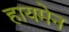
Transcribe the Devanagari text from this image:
हायमेन